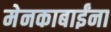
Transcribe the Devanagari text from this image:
मेनकाबाईंना